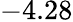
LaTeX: -4.28